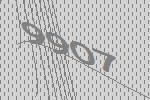
9907